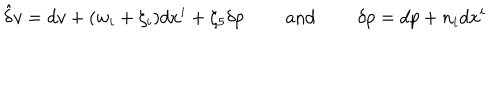
LaTeX: \hat { \delta } v = d v + ( w _ { i } + \zeta _ { i } ) d x ^ { i } + \zeta _ { 5 } \delta p \qquad \mathrm { ~ a n d ~ } \qquad \delta p = d p + n _ { i } d x ^ { i }